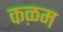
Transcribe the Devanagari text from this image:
कऴम